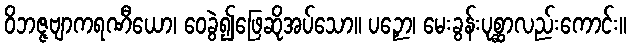
ဝိဘဇ္ဇဗျာကရဏီယော၊ ဝေခွဲ၍ဖြေဆိုအပ်သော။ ပဉှော၊ မေးခွန်းပုစ္ဆာလည်းကောင်း။